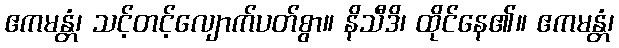
ဧကမန္တံ၊ သင့်တင့်လျောက်ပတ်စွာ။ နိသီဒိ၊ ထိုင်နေ၏။ ဧကမန္တံ၊